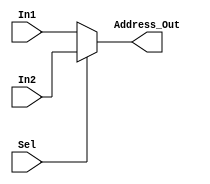
module Mux_RF_I_R (In1,In2,Sel,Address_Out);
    input [2:0] In1,In2;
    input Sel;
    output [2:0] Address_Out;
    assign Address_Out = (~Sel) ? In1 : In2;
endmodule